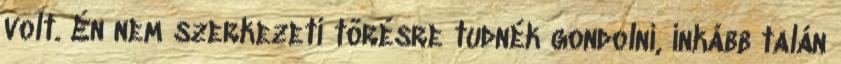
volt. Én nem szerkezeti törésre tudnék gondolni, inkább talán